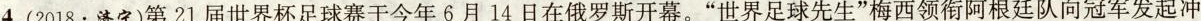
4.(2018.济宁)第21届世界杯足球赛于今年6月14日在俄罗斯开幕。”世界足球先生”梅西领衔阿根廷队向冠军发起冲